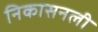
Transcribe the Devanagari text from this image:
निकासनली